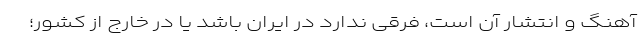
آهنگ و انتشار آن است، فرقی ندارد در ایران باشد یا در خارج از کشور؛